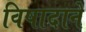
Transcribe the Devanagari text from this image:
विषादाने